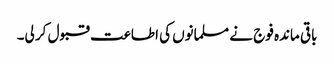
باقی ماندہ فوج نے مسلمانوں کی اطاعت قبول کر لی۔